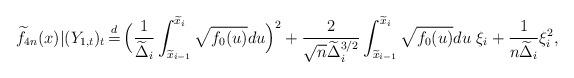
LaTeX: \begin{align*}\widetilde f_{4n}(x)|(Y_{1,t})_t \,{\buildrel d \over =}\, \Big(\frac 1{\widetilde \Delta_i} \int_{\widetilde x_{i-1}}^{\widetilde x_i} \sqrt{f_0(u)} du\Big)^2+ \frac 2{\sqrt{n} \widetilde \Delta_i^{3/2}} \int_{\widetilde x_{i-1}}^{\widetilde x_i} \sqrt{f_0(u)} du \ \xi_i+ \frac{1}{n\widetilde \Delta_i} \xi_i^2,\end{align*}